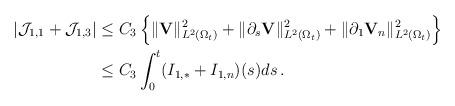
LaTeX: \begin{align*}\vert \mathcal J_{1,1}+\mathcal J_{1,3}\vert &\le C_3\left\{\Vert{\mathbf V}\Vert^2_{L^2(\Omega_t)}+\Vert\partial_s{\mathbf V}\Vert^2_{L^2(\Omega_t)}+\Vert\partial_1{\mathbf V}_n\Vert^2_{L^2(\Omega_t)}\right\}\\&\le C_3\int_0^t(I_{1,\ast}+I_{1,n})(s)ds\,.\end{align*}